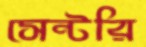
সেন্টরি